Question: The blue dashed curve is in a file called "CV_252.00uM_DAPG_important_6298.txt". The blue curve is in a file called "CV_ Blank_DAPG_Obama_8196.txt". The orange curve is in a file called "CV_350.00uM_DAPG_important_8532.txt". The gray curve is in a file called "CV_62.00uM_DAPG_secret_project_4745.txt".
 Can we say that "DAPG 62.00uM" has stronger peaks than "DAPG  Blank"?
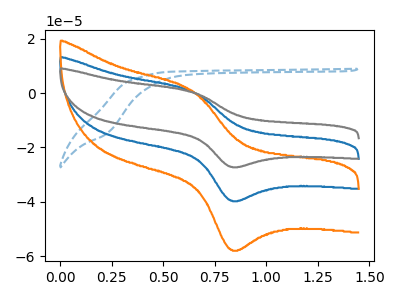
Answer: <think>The blue dashed curve "DAPG 252.00uM" has no peaks. The blue curve "DAPG  Blank" has an anodic peak at (0.65V, 0.70uA) and a cathodic peak at (0.85V, -39.60uA). The orange curve "DAPG 350.00uM" has an anodic peak at (0.65V, 1.40uA) and a cathodic peak at (0.85V, -79.25uA). The gray curve "DAPG 62.00uM" has an anodic peak at (0.65V, 0.50uA) and a cathodic peak at (0.85V, -27.15uA).</think>
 <answer>Every peak in "DAPG 62.00uM" is lower than every peak in "DAPG  Blank".</answer>
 <eval>lower</eval>